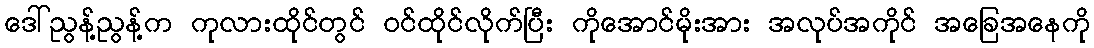
ဒေါ်ညွန့်ညွန့်က ကုလားထိုင်တွင် ဝင်ထိုင်လိုက်ပြီး ကိုအောင်မိုးအား အလုပ်အကိုင် အခြေအနေကို